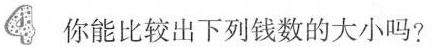
4你能比较出下列钱数的大小吗?